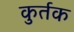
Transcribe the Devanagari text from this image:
कुर्तक